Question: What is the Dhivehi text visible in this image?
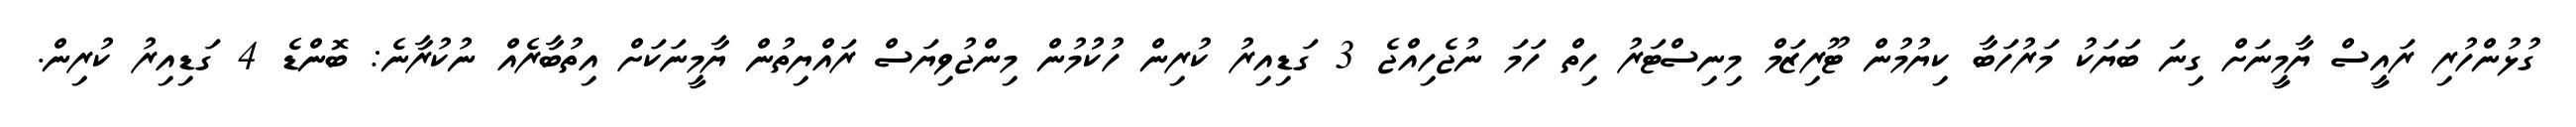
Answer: ގުޅުންހުރި ރައީސް ޔާމީނަށް ގިނަ ބަޔަކު މަރުހަބާ ކިޔުމުން ޓޫރިޒަމް މިނިސްޓަރު ހިތް ހަމަ ނުޖެހިއްޖެ 3 ގަޑިއިރު ކުރިން ހުކުުމުން މިންޖުވިޔަސް ރައްޔިތުން ޔާމީނަކަށް އިތުބާރެއް ނުކުރާނެ: ބޮންޑެ 4 ގަޑިއިރު ކުރިން.